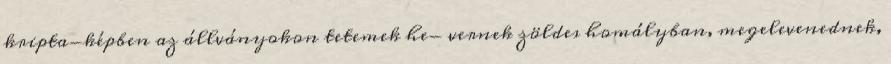
kripta-képben az állványokon tetemek he- vernek zöldes homályban, megelevenednek,